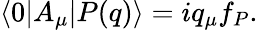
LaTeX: \langle 0|A_{\mu}|P(q)\rangle=iq_{\mu}f_{P}.